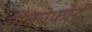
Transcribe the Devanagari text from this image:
वोकोफोर्ट